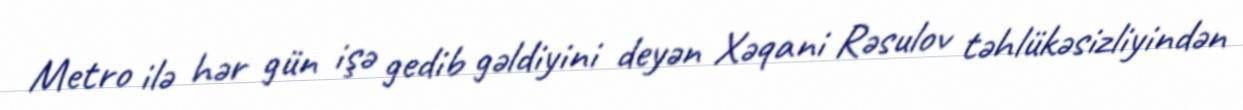
Metro ilə hər gün işə gedib gəldiyini deyən Xəqani Rəsulov təhlükəsizliyindən